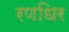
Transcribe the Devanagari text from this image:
रणधिर